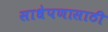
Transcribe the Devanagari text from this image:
साधेपणासाठी